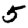
Digit: 5